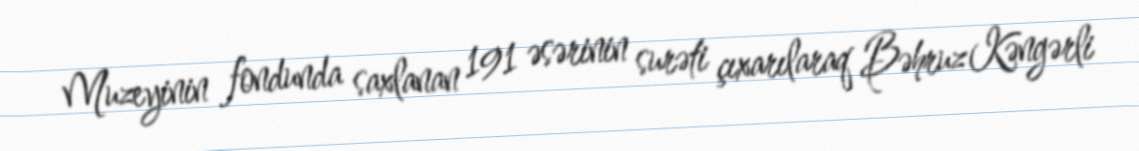
Muzeyinin fondunda saxlanan 191 əsərinin surəti çıxarılaraq Bəhruz Kəngərli